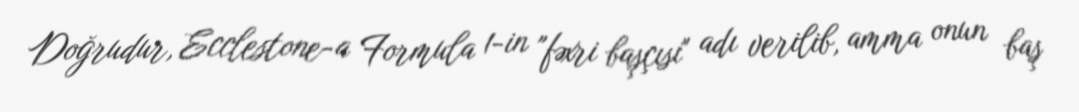
Doğrudur, Ecclestone-a Formula 1-in "fəxri başçısı" adı verilib, amma onun baş